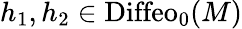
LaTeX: h_{1},h_{2}\in\mathrm{Diffeo}_{0}(M)